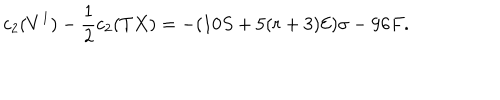
LaTeX: c _ { 2 } ( V ^ { 1 } ) - \frac { 1 } { 2 } c _ { 2 } ( T X ) = - ( 1 0 S + 5 ( r + 3 ) { \cal { E } } ) \sigma - 9 6 F .